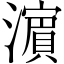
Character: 濵